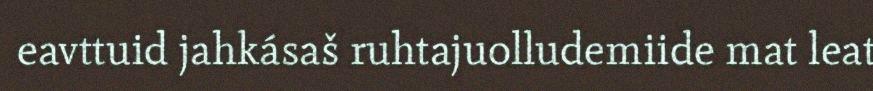
eavttuid jahkásaš ruhtajuolludemiide mat leat